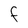
Character: F